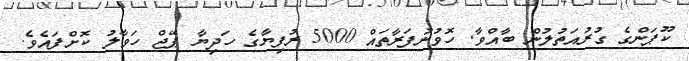
ކޫޕަންގެ ގުރުއަތުލުން ބާއްވާ